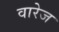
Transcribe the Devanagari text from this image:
वारेज